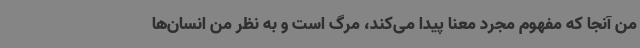
من آنجا که مفهوم مجرد معنا پیدا می‌کند، مرگ است و به نظر من انسان‌ها